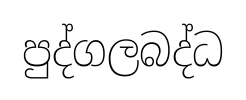
පුද්ගලබද්ධ